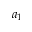
a _ { 1 }